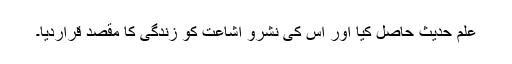
علم حدیث حاصل کیا اور اس کی نشرو اشاعت کو زندگی کا مقصد قراردیا۔